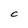
Character: C